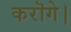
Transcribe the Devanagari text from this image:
करॊगे।